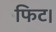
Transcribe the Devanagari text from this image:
फिट।